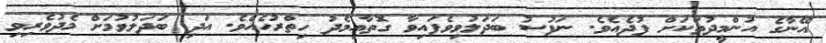
އޭނާގެ އުންމީދުތަކަށް ފުދެއެވެ. ނަފުސު ބަދަލުވިވެފައިވާ ގޮތާއިމެދު ހިތްރުހެއެވެ. އަދި ބަދަލުވުމަށް މެދުވެރިވި